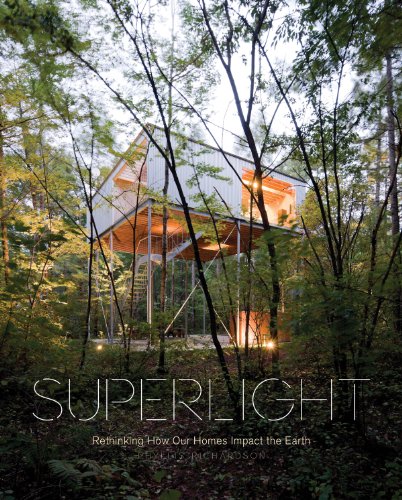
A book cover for Superlight: Rethinking How Our Homes Impact the Earth; Phyllis Richardson; Arts & Photography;